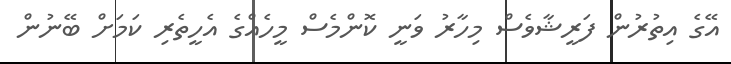
އޭގެ އިތުރުން ފަރީޝާވެސް މިހާރު ވަނީ ކޮންމެސް މީހެއްގެ އެހީތެރި ކަމަށް ބޭނުން